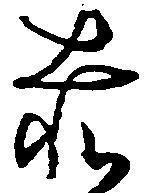
赤